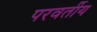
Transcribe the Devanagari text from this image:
परवर्तीय